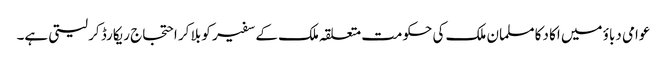
عوامی دباؤ میں اکا دکا مسلمان ملک کی حکومت متعلقہ ملک کے سفیر کو بلا کر احتجاج ریکارڈ کر لیتی ہے۔